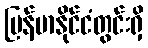
မြန်မာနိုင်ငံတွင်းရှိ